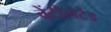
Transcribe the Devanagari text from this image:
वेंटीलेटेड